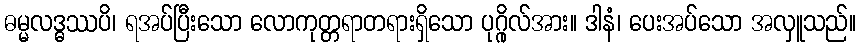
ဓမ္မလဒ္ဓဿပိ၊ ရအပ်ပြီးသော လောကုတ္တရာတရားရှိသော ပုဂ္ဂိုလ်အား။ ဒါနံ၊ ပေးအပ်သော အလှူသည်။